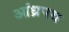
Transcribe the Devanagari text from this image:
आंध्रपथ